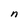
Character: n